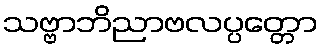
သဗ္ဗာဘိညာဗလပ္ပတ္တော